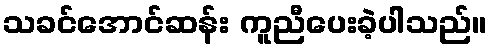
သခင်အောင်ဆန်း ကူညီပေးခဲ့ပါသည်။